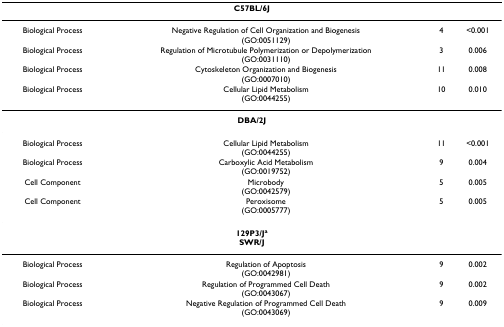
<table><thead><tr><td colspan="4"><b>C57BL/6J</b></td></tr></thead><tbody><tr><td>Biological Process</td><td>Negative Regulation of Cell Organization and Biogenesis(GO:0051129)</td><td>4</td><td>&lt;0.001</td></tr><tr><td>Biological Process</td><td>Regulation of Microtubule Polymerization or Depolymerization(GO:0031110)</td><td>3</td><td>0.006</td></tr><tr><td>Biological Process</td><td>Cytoskeleton Organization and Biogenesis(GO:0007010)</td><td>11</td><td>0.008</td></tr><tr><td>Biological Process</td><td>Cellular Lipid Metabolism(GO:0044255)</td><td>10</td><td>0.010</td></tr><tr><td colspan="4"><b>DBA/2J</b></td></tr><tr><td>Biological Process</td><td>Cellular Lipid Metabolism(GO:0044255)</td><td>11</td><td>&lt;0.001</td></tr><tr><td>Biological Process</td><td>Carboxylic Acid Metabolism(GO:0019752)</td><td>9</td><td>0.004</td></tr><tr><td>Cell Component</td><td>Microbody(GO:0042579)</td><td>5</td><td>0.005</td></tr><tr><td>Cell Component</td><td>Peroxisome(GO:0005777)</td><td>5</td><td>0.005</td></tr><tr><td colspan="4"><b>129P3/J<sup>a</sup></b><b>SWR/J</b></td></tr><tr><td>Biological Process</td><td>Regulation of Apoptosis(GO:0042981)</td><td>9</td><td>0.002</td></tr><tr><td>Biological Process</td><td>Regulation of Programmed Cell Death(GO:0043067)</td><td>9</td><td>0.002</td></tr><tr><td>Biological Process</td><td>Negative Regulation of Programmed Cell Death(GO:0043069)</td><td>9</td><td>0.009</td></tr></tbody></table>